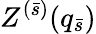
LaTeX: Z^{(\bar{s})}(q_{\bar{s}})